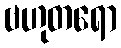
ဗဟုတရော